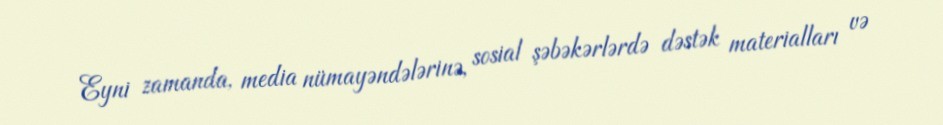
Eyni zamanda, media nümayəndələrinə, sosial şəbəkərlərdə dəstək materialları və